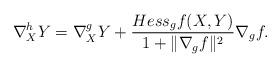
LaTeX: \begin{align*}\nabla^h_X Y = \nabla^g_X Y + \frac{Hess_g f(X,Y)}{1 +\|\nabla_g f\|^2} \nabla_g f.\end{align*}